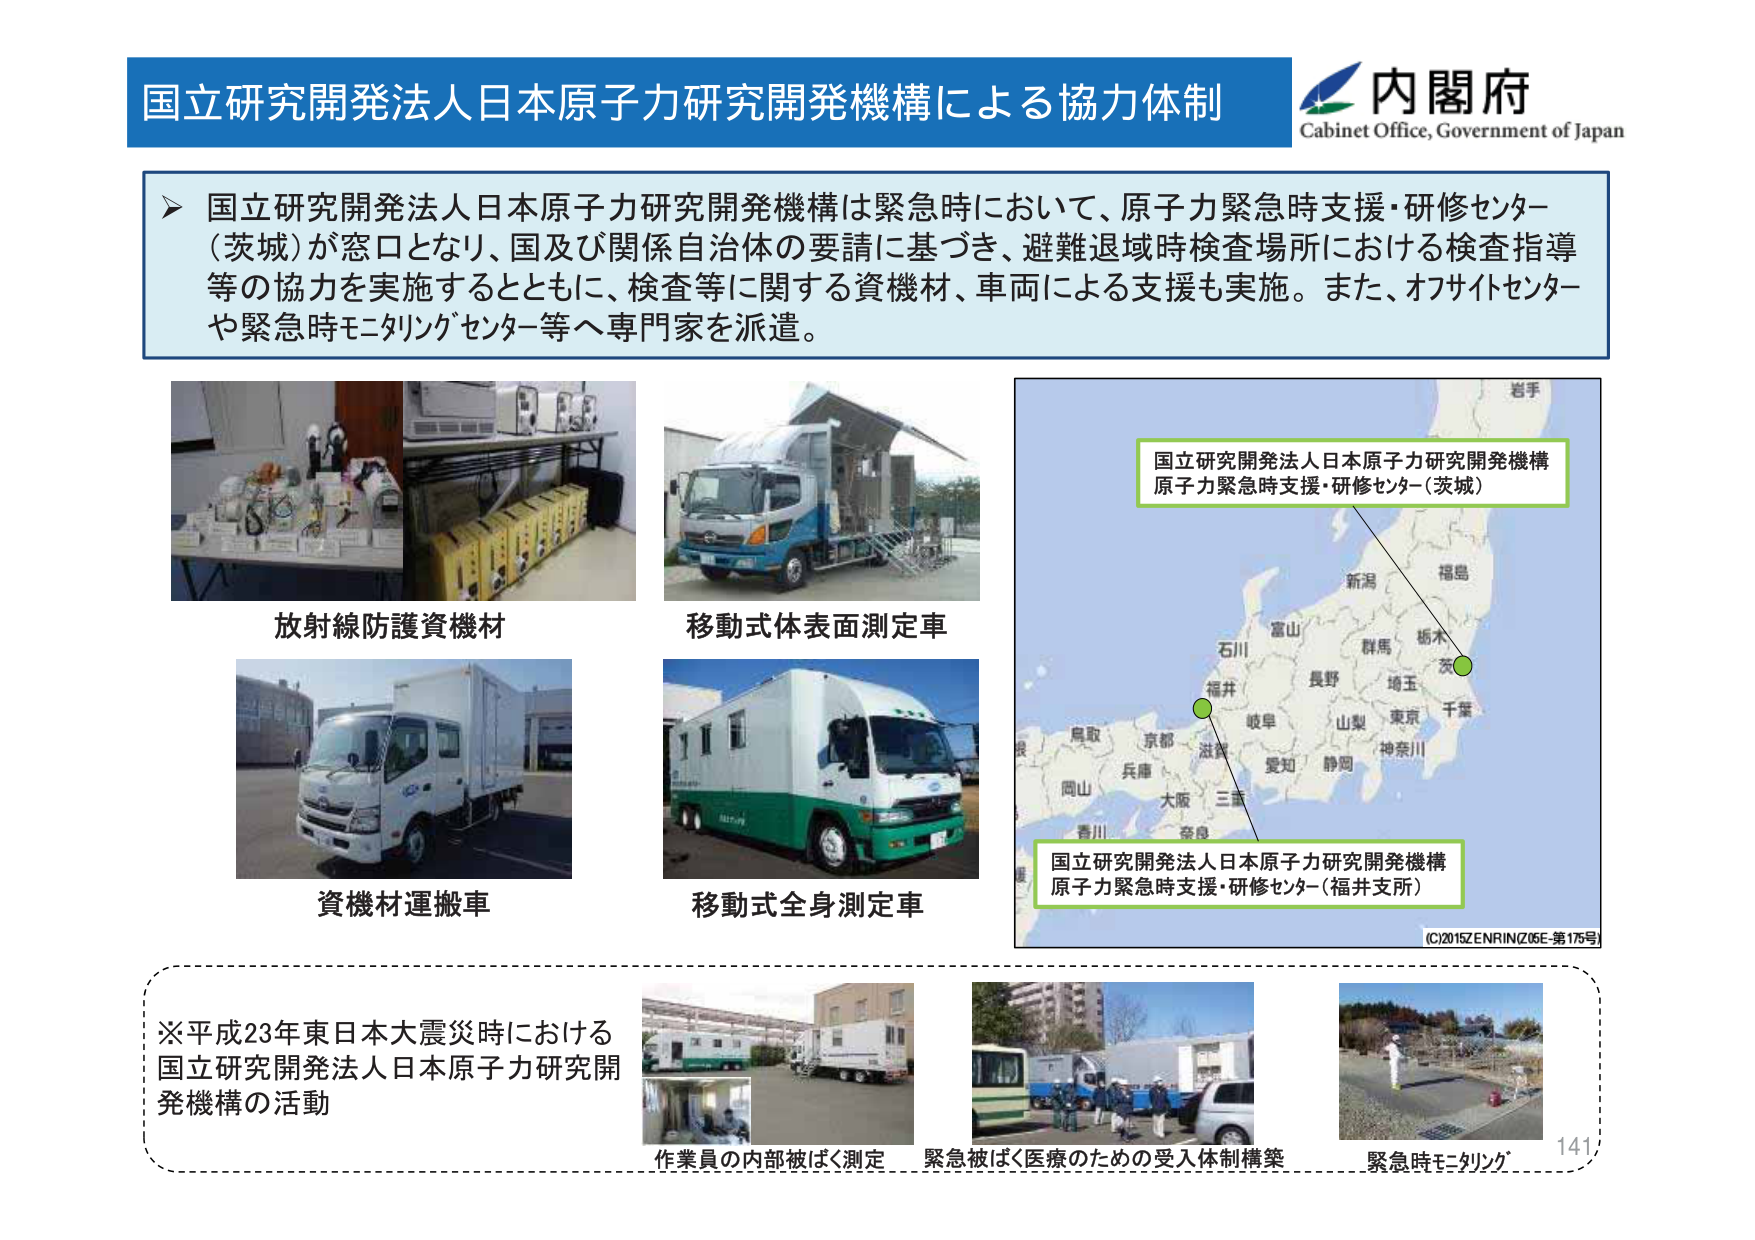
国立研究開発法人日本原子力研究開発機構による協力体制

内閣府
Cabinet Office, Government of Japan

▶ 国立研究開発法人日本原子力研究開発機構は緊急時において、原子力緊急時支援・研修センター（茨城）が窓口となり、国及び関係自治体の要請に基づき、避難退域時検査場所における検査指導等の協力を実施するとともに、検査等に関する資機材、車両による支援も実施。また、オフサイトセンターや緊急時モニタリングセンター等へ専門家を派遣。

放射線防護資機材
移動式体表面測定車
資機材運搬車
移動式全身測定車

国立研究開発法人日本原子力研究開発機構
原子力緊急時支援・研修センター（茨城）

国立研究開発法人日本原子力研究開発機構
原子力緊急時支援・研修センター（福井支所）

(C)2015ZENRIN(Z05E-第175号)

※平成23年東日本大震災時における
国立研究開発法人日本原子力研究開発機構の活動

作業員の内部被ばく測定
緊急被ばく医療のための受入体制構築
緊急時モニタリング

141